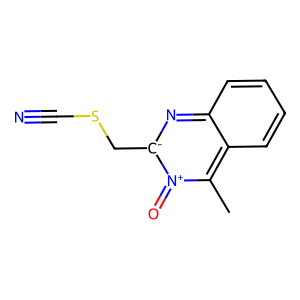
SMILES: Cc1c2ccccc2n[c-](CSC#N)[n+]1=O
Inhibits HIV replication: No